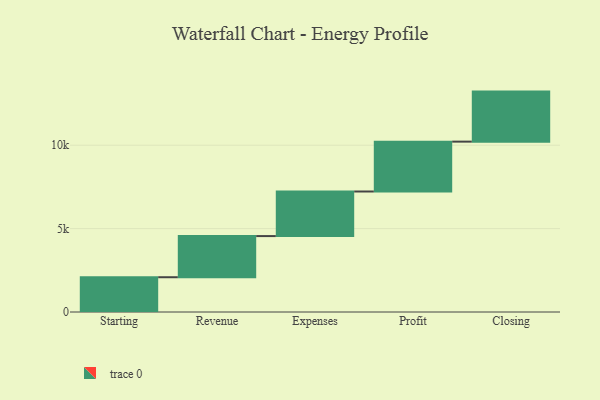
{"axis": {"x": "Step", "y": "Value"}, "legend": [""], "data": [{"x": "Starting", "y": 2085.0, "type": ""}, {"x": "Revenue", "y": 2467.0, "type": ""}, {"x": "Expenses", "y": 2673.0, "type": ""}, {"x": "Profit", "y": 2990.0, "type": ""}, {"x": "Closing", "y": 3000, "type": ""}]}